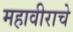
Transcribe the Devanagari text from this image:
महावीराचे